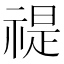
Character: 禔